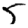
Digit: 5